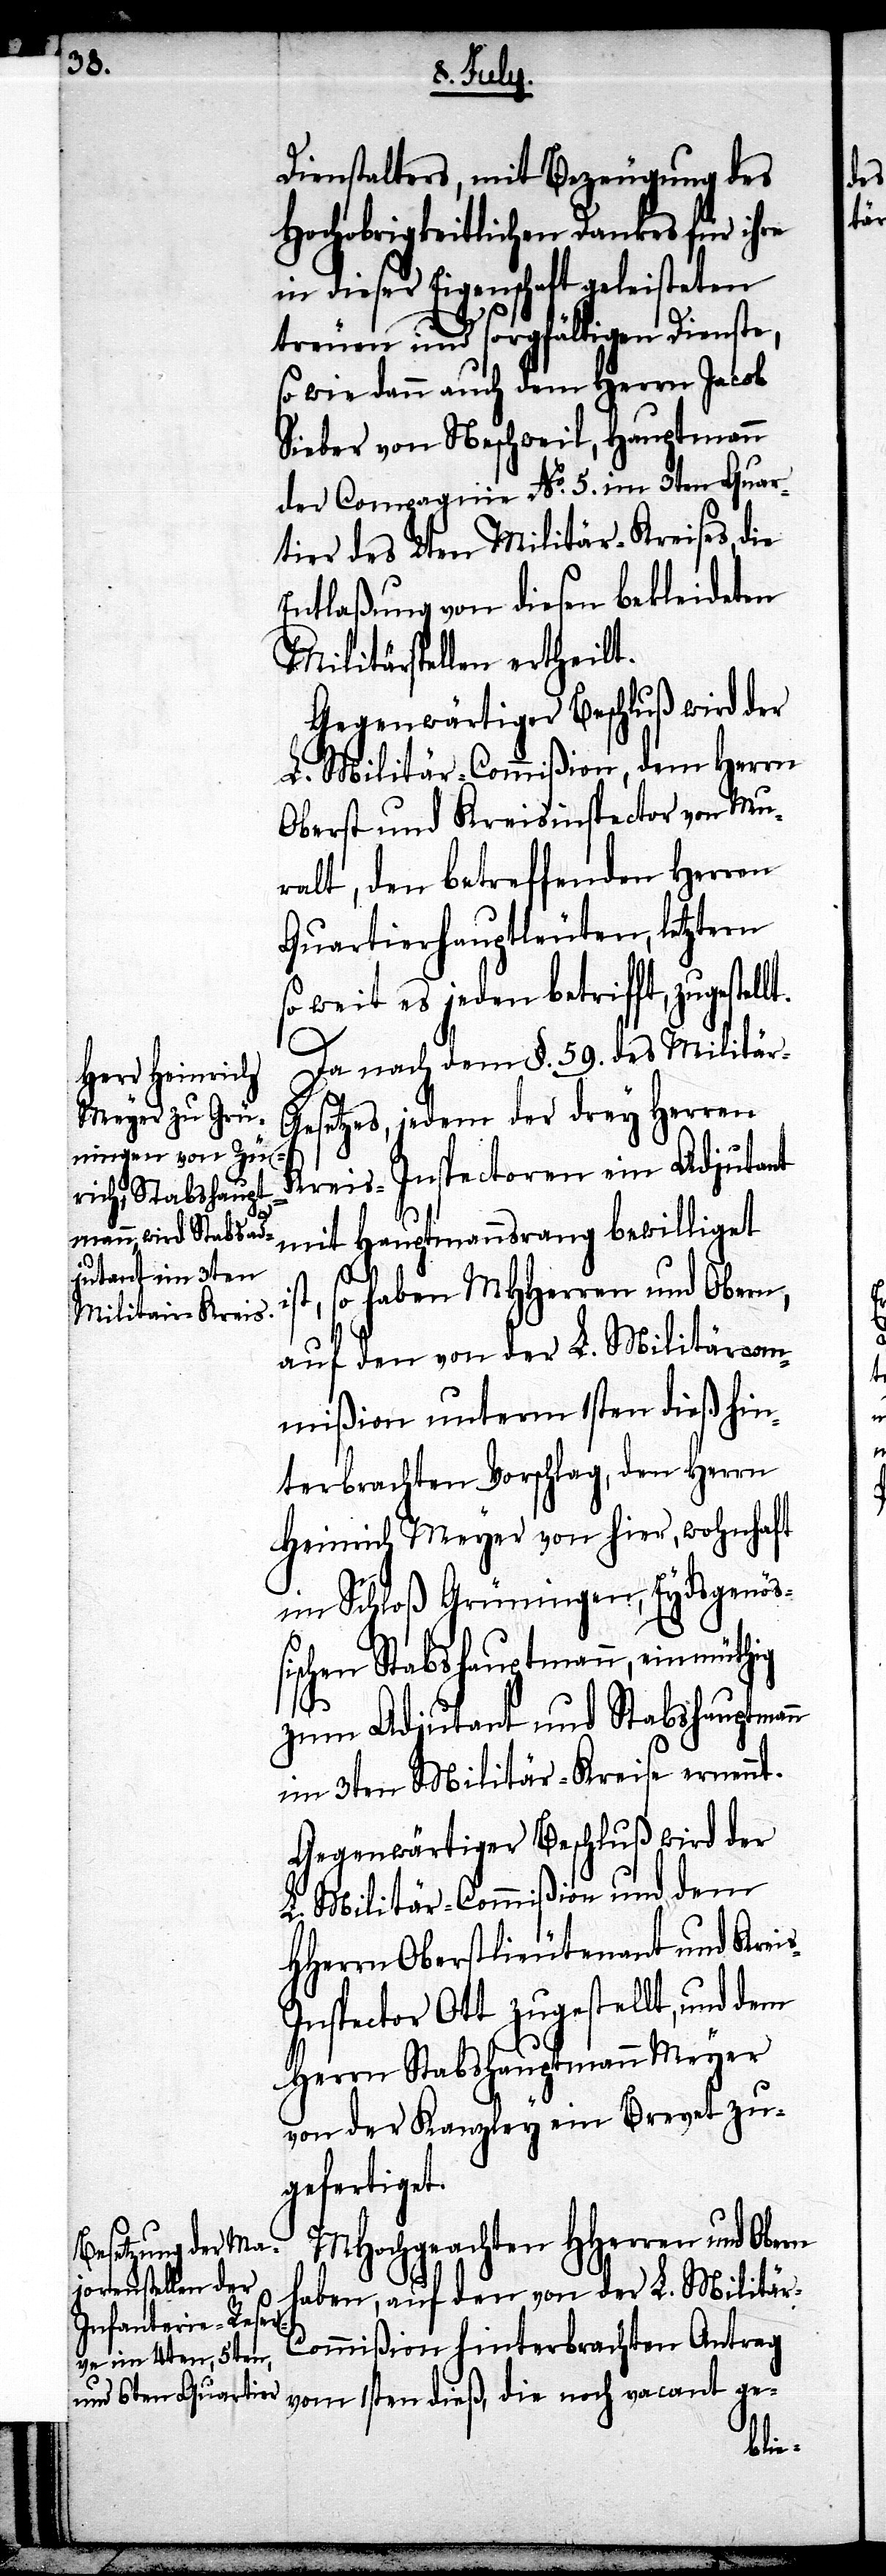
Dienstalters, mit Bezeugung des
Hochobrigkeitlichen Dankes für ihre
in dieser Eigenschaft geleisteten
treuen und sorgfältigen Dienste,
so wie dann auch dem Herrn Jacob
Sieber von Neschweil, Hauptmann
der Compagnie No. 5. im 3ten Quar¬
tier des 2ten Militär-Kreises, die
Entlaßung von diesen bekleideten
Militärstellen ertheilt.
Gegenwärtiger Beschluß wird der
L. Militär-Commißion, dem Herrn
Oberst und Kreisinspector von Mu¬
ralt, den betreffenden Herren
Quartierhauptleuten, letztern
so weit es jeden betrifft, zugestel¬
Da nach dem §. 59. des Militär-G¬
esetzes, jedem der drey Herren
Kreis-Inspectoren ein Adjutant
st, so haben MHHerren und Obern,
auf den von der L. Militärcom¬
mißion unterm 1sten dieß hin¬
terbrachten Vorschlag, den Herrn
Heinrich Meyer von hier, wohnhaft
im Schloß Grüningen, Eydsgenöß¬
ischen Stabshauptmann, einmüthig
zum Adjutant und Stabshauptmann
im 3ten Militär-Kreise ernennt.
Gegenwärtiger Beschluß wird der
L. Militär-Commißion und dem
HHerrn Oberstlieutenant und Krei¬
nspector Ott zugestellt, und dem
Herrn Stabshauptmann Meyer
von der Kanzley ein Brevet zu¬
gefertigt.
MHochgeachten HHerren und
haben, auf den von der L. Militär-C¬
ommißion hinterbrachten Antrag
vom 1sten dieß, die noch vacant ge-
s-I¬